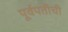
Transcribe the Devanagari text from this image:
पूर्वपतीची